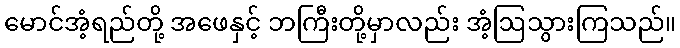
မောင်အံ့ရည်တို့ အဖေနှင့် ဘကြီးတို့မှာလည်း အံ့ဩသွားကြသည်။